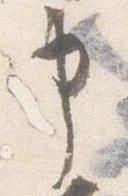
申